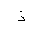
Letter: _thal